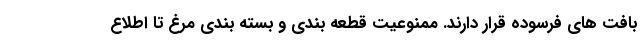
بافت های فرسوده قرار دارند. ممنوعیت قطعه بندی و بسته بندی مرغ تا اطلاع